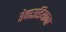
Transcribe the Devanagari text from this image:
रेबाउडियाना